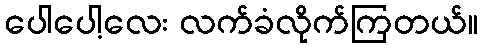
ပေါပေါ့လေး လက်ခံလိုက်ကြတယ်။